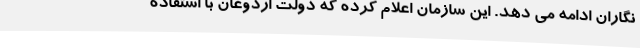
‌نگاران ادامه می دهد. این سازمان اعلام کرده که دولت اردوغان با استفاده